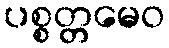
ပစ္စတ္တမေဝ